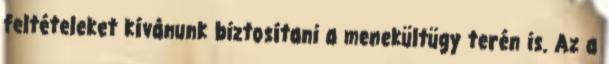
feltételeket kívánunk biztosítani a menekültügy terén is. Az a